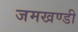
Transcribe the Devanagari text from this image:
जमखण्डी